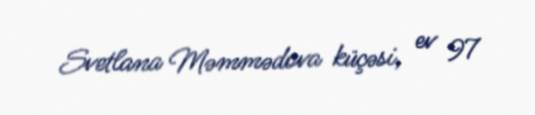
Svetlana Məmmədova küçəsi, ev 97